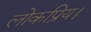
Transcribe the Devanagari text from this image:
लोकप्रिय।